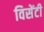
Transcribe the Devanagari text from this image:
विसेंटी